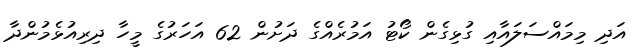
އަދި މިމައްސަލައާއި ގުޅިގެން ކޯޓު އަމުރެއްގެ ދަށުން 62 އަހަރުގެ މީހާ ދިރިއުޅެމުންދާ